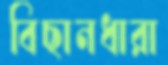
বিছানধারা